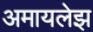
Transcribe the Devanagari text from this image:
अमायलेझ